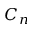
C _ { n }